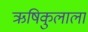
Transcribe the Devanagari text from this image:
ऋषिकुलाला